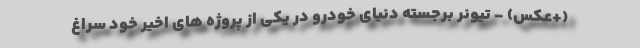
(+عکس) - تیونر برجسته دنیای خودرو در یکی از پروژه های اخیر خود سراغ